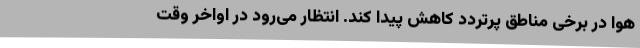
هوا در برخی مناطق پرتردد کاهش پیدا کند. انتظار می‌رود در اواخر وقت